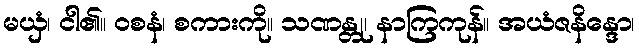
မယှံ၊ ငါ၏။ ဝစနံ၊ စကားကို။ သဏန္တု၊ နာကြကုန်။ အယံဇနိန္ဒော၊